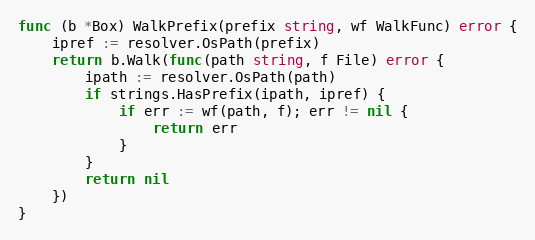
Language: Go
func (b *Box) WalkPrefix(prefix string, wf WalkFunc) error {
	ipref := resolver.OsPath(prefix)
	return b.Walk(func(path string, f File) error {
		ipath := resolver.OsPath(path)
		if strings.HasPrefix(ipath, ipref) {
			if err := wf(path, f); err != nil {
				return err
			}
		}
		return nil
	})
}